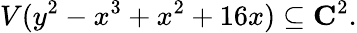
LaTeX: V(y^{2}-x^{3}+x^{2}+16x)\subseteq\mathbf{C}^{2}.